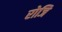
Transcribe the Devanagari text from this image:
रोजि